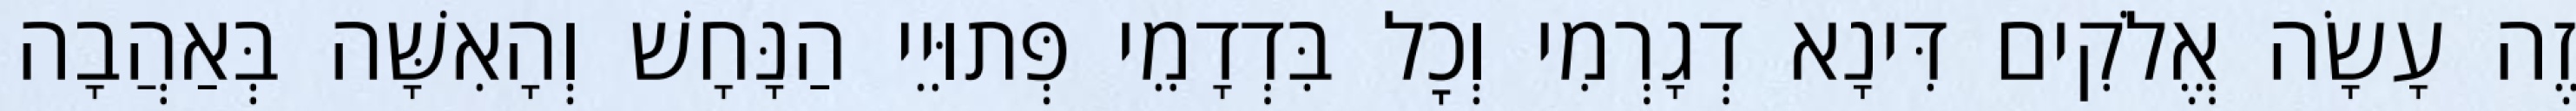
זֶה עָשָׂה אֱלֹקִים דִּינָא דְגָרְמִי וְכׇל בִּדְדָמֵי פְּתוּיֵי הַנָּחָשׁ וְהָאִשָּׁה בְּאַהֲבָה